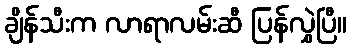
ချိန်သီးက လာရာလမ်းဆီ ပြန်လွှဲပြီ။